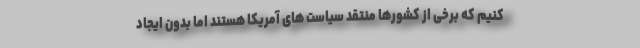
کنیم که برخی از کشورها منتقد سیاست های آمریکا هستند اما بدون ایجاد